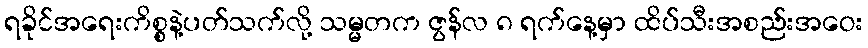
ရခိုင်အရေးကိစ္စနဲ့ပတ်သက်လို့ သမ္မတက ဇွန်လ ၈ ရက်နေ့မှာ ထိပ်သီးအစည်းအဝေး